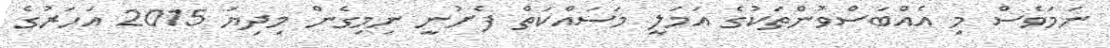
ނަމަވެސް މި އެއްބަސްވުންތަކުގެ އަމަލީ މަސައްކަތް ފެށުނީ ނިމިގެން މިދިޔަ 2015 އަހަރުގެ